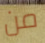
من